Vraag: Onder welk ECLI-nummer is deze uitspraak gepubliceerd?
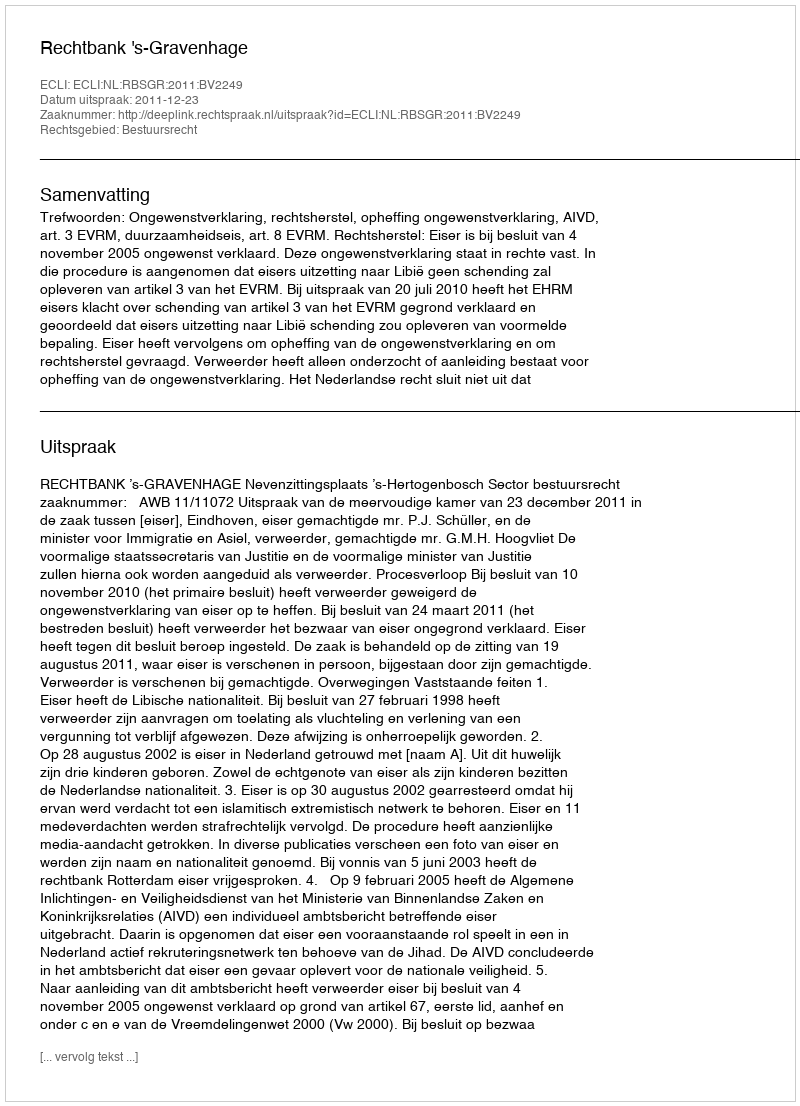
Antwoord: ECLI:NL:RBSGR:2011:BV2249